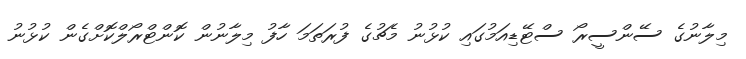
މިލާނުގެ ސޭންސީރޯ ސްޓޭޑިއަމުގައި ކުޅުނު މެޗުގެ ފުރަތަމަ ހާފު މިލާނުން ކޮންޓްރޯލްކޮށްގެން ކުޅުނު